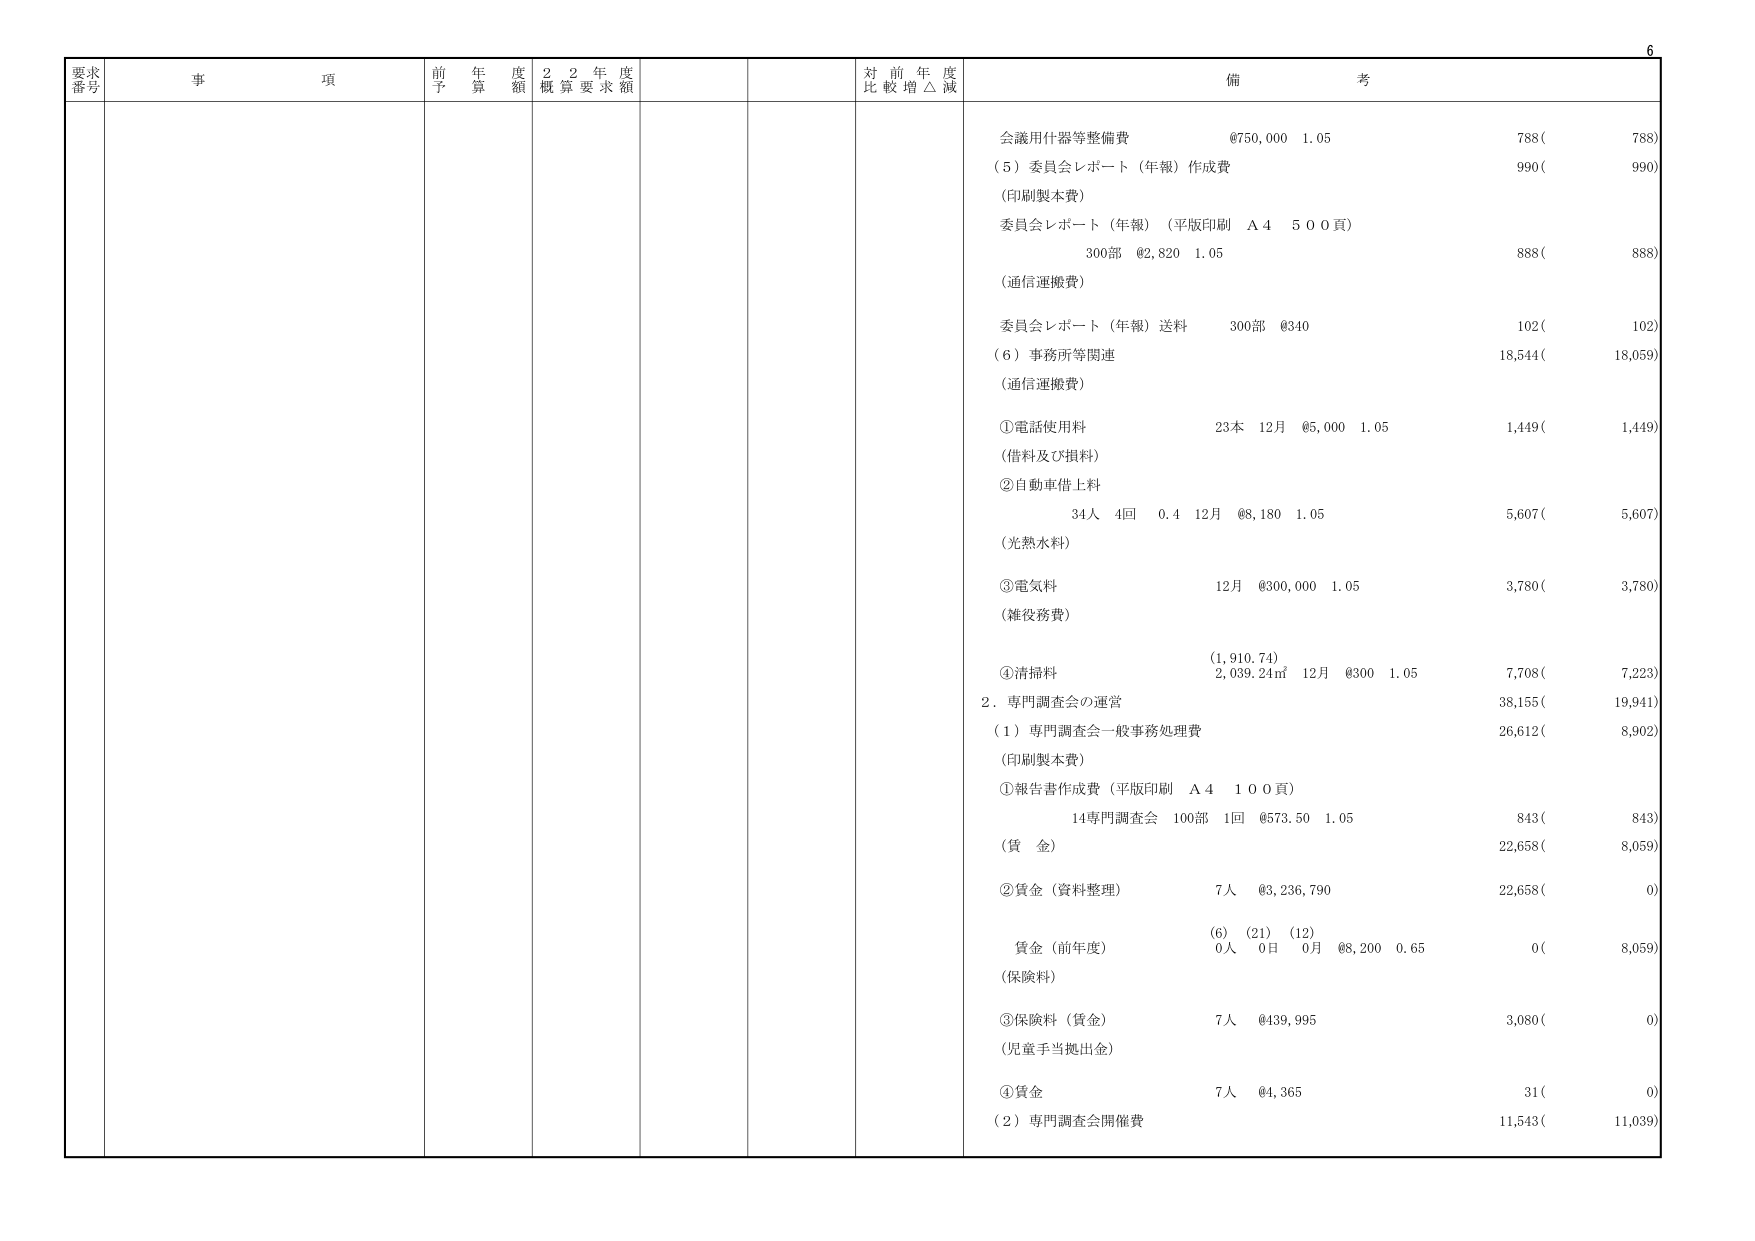
6
要求
番号
事 項
前 年 度
予 算 額
2 2 年 度
概 算 要 求 額
対 前 年 度
比 較 増 △ 減
備 考
会議用什器等整備費
@750,000 1.05
788(
788)
(5) 委員会レポート（年報）作成費
990(
990)
(印刷製本費)
委員会レポート（年報）（平版印刷 A4 500頁）
300部 @2,820 1.05
888(
888)
(通信運搬費)
委員会レポート（年報）送料
300部 @340
102(
102)
(6) 事務所等関連
18,544(
18,059)
(通信運搬費)
①電話使用料
23本 12月 @5,000 1.05
1,449(
1,449)
(借料及び損料)
②自動車借上料
34人 4回 0.4 12月 @8,180 1.05
5,607(
5,607)
(光熱水料)
③電気料
12月 @300,000 1.05
3,780(
3,780)
(雑役務費)
(1,910.74)
④清掃料
2,039.24㎡ 12月 @300 1.05
7,708(
7,223)
2. 専門調査会の運営
38,155(
19,941)
(1) 専門調査会一般事務処理費
26,612(
8,902)
(印刷製本費)
①報告書作成費（平版印刷 A4 100頁）
14専門調査会 100部 1回 @573.50 1.05
843(
843)
(賃 金)
22,658(
8,059)
②賃金（資料整理）
7人 @3,236,790
22,658(
0)
(6) (21) (12)
賃金（前年度）
0人 0日 0月 @8,200 0.65
0(
8,059)
(保険料)
③保険料（賃金）
7人 @439,995
3,080(
0)
(児童手当拠出金)
④賃金
7人 @4,365
31(
0)
(2) 専門調査会開催費
11,543(
11,039)